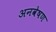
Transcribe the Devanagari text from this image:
अनवेषण